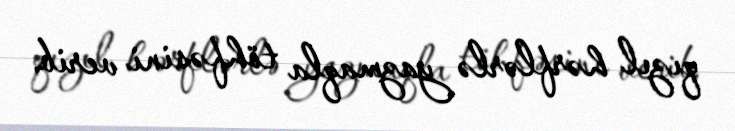
qızıl hərflərlə yazmaqla töhfəsini verib.